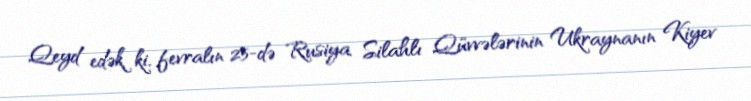
Qeyd edək ki, fevralın 25-də Rusiya Silahlı Qüvvələrinin Ukraynanın Kiyev